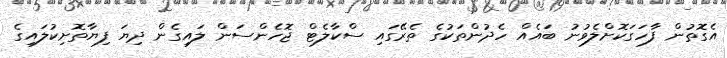
އެގޮތުން ފާހަގަކޮށްލެވުނު ބައެއް ހެދުންތަކުގެ ތެރޭގައި ސްކާލެޓް ޖޮހެންސަން ލައިގެން ދިޔަ ފިޔާތޮށިކުލައިގެ